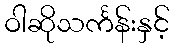
ဝါဆိုသင်္ကန်းနှင့်